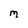
Character: M